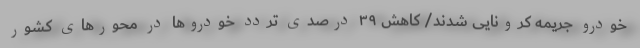
خودرو جریمه کرونایی شدند/ کاهش ۳۹ درصدی تردد خودروها در محورهای کشور